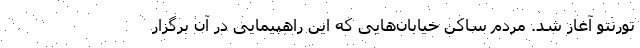
تورنتو آغاز شد. مردم ساکن خیابان‌هایی که این راهپیمایی در آن برگزار